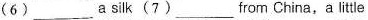
(6) ___a silk(7) ___rom China,a little